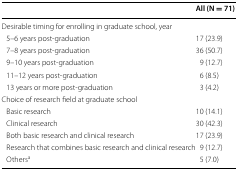
|  | All (N = 71) |
 | --- | --- |
 | <COLSPAN=2> Desirable timing for enrolling in graduate school, year |
 | 5–6 years post-graduation | 17 (23.9) |
 | 7–8 years post-graduation | 36 (50.7) |
 | 9–10 years post-graduation | 9 (12.7) |
 | 11–12 years post-graduation | 6 (8.5) |
 | 13 years or more post-graduation | 3 (4.2) |
 | <COLSPAN=2> Choice of research field at graduate school |
 | Basic research | 10 (14.1) |
 | Clinical research | 30 (42.3) |
 | Both basic research and clinical research | 17 (23.9) |
 | Research that combines basic research and clinical research | 9 (12.7) |
 | Othersa | 5 (7.0) |